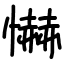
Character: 懗